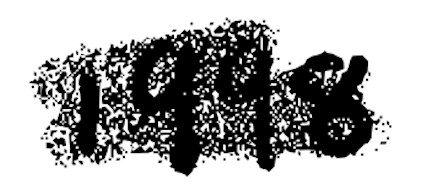
Text: 1998
Cross-out: scratch
Writing tool: digital_black